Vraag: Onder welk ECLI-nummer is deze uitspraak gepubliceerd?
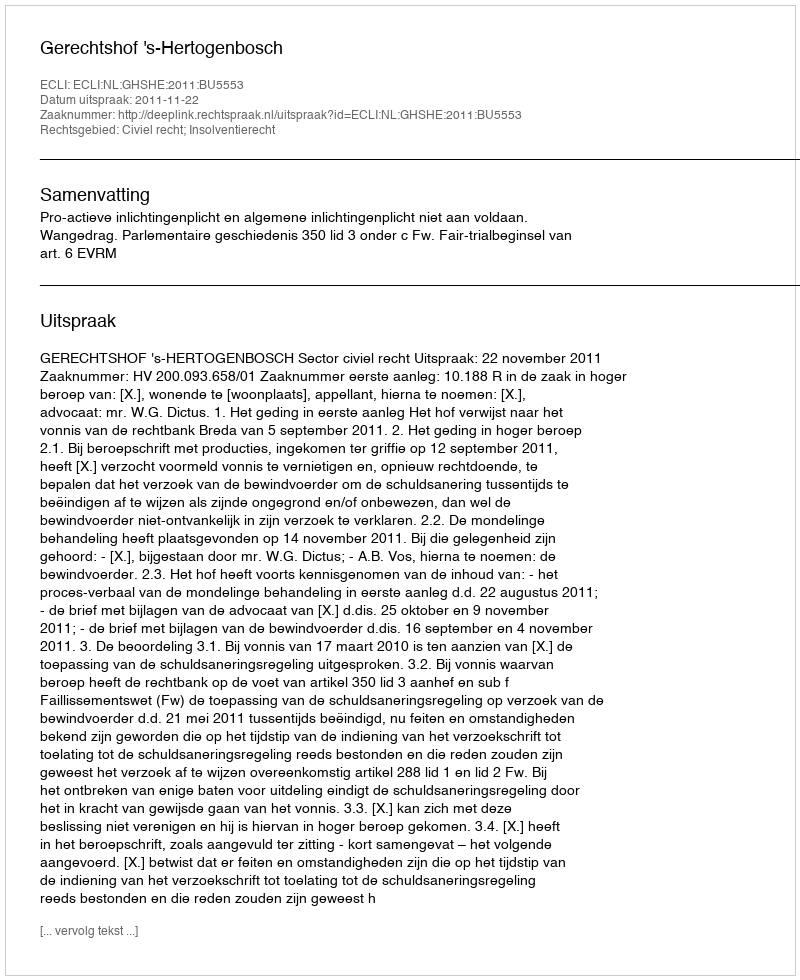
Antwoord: ECLI:NL:GHSHE:2011:BU5553